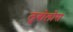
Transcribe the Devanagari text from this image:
लुबोलोस